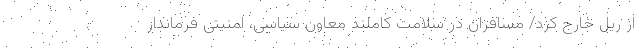
از ریل خارج کرد/ مسافران در سلامت کاملند معاون سیاسی، امنیتی فرماندار